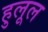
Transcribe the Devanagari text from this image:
हुलूल